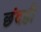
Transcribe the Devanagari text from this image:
छंदही